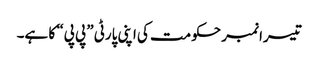
تیسرا نمبر حکومت کی اپنی پارٹی ”پی پی“ کا ہے۔